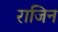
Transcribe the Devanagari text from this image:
राजिन